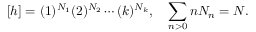
[ h ] = ( 1 ) ^ { N _ { 1 } } ( 2 ) ^ { N _ { 2 } } \cdots ( k ) ^ { N _ { k } } , \quad \sum _ { n > 0 } n N _ { n } = N .